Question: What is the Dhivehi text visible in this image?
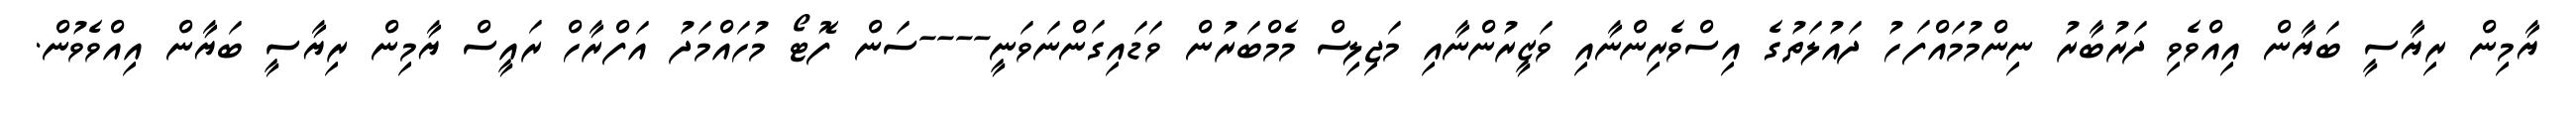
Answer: ޔާމިން ރިޔާސީ ބަޔާން އިއްވެވި ދަރުބާރު ނިންމުމައްފަހު ދައުލަތުގެ އިސްވެރިންނާއި ވަޒީރުންނާއި މަޖިލިސް މެމްބަރުން ވަޑައިގަންނަވަނީ----ސަން ފޮޓޯ މުހައްމަދު އަފްރާހް ރައީސް ޔާމިން ރިޔާސީ ބަޔާން އިއްވެވުން.